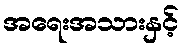
အရေးအသားနှင့်